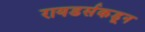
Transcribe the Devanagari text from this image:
रायडर्सकडून